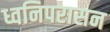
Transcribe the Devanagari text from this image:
ध्वनिपरासन